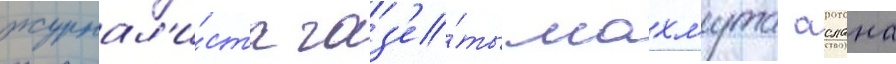
журнал'и́ста газ'е́ты махмута аслана